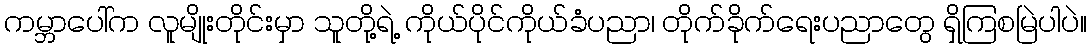
ကမ္ဘာပေါ်က လူမျိုးတိုင်းမှာ သူတို့ရဲ့ ကိုယ်ပိုင်ကိုယ်ခံပညာ၊ တိုက်ခိုက်ရေးပညာတွေ ရှိကြစမြဲပါပဲ။